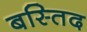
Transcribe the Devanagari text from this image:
बस्तिद